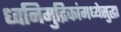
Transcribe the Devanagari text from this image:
ध्वनिमुद्रिकांमध्येसुद्धा